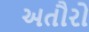
અતૌરો